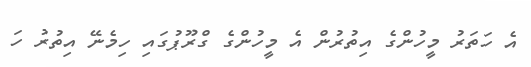
އެ ހަތަރު މީހުންގެ އިތުރުން އެ މީހުންގެ ގްރޫޕުގައި ހިމެނޭ އިތުރު ހަ